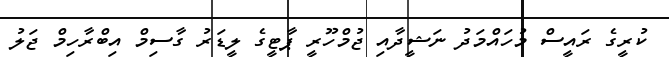
ކުރީގެ ރައީސް މުހައްމަދު ނަޝީދާއި ޖުމްހޫރީ ޕާޓީގެ ލީޑަރު ގާސިމް އިބްރާހިމް ޖަލު